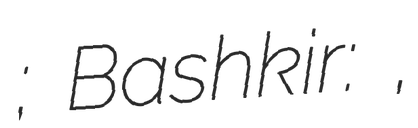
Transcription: Аблаево; Bashkir: Аблай,